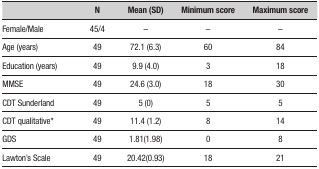
<table><thead><tr><td><b> </b></td><td><b>N</b></td><td><b>Mean (SD)</b></td><td><b>Minimum score</b></td><td><b>Maximum score</b></td></tr></thead><tbody><tr><td>Female/Male</td><td>45/4</td><td>–</td><td>–</td><td>–</td></tr><tr><td>Age (years)</td><td>49</td><td>72.1 (6.3)</td><td>60</td><td>84</td></tr><tr><td>Education (years)</td><td>49</td><td>9.9 (4.0)</td><td>3</td><td>18</td></tr><tr><td>MMSE</td><td>49</td><td>24.6 (3.0)</td><td>18</td><td>30</td></tr><tr><td>CDT Sunderland</td><td>49</td><td>5 (0)</td><td>5</td><td>5</td></tr><tr><td>CDT qualitative*</td><td>49</td><td>11.4 (1.2)</td><td>8</td><td>14</td></tr><tr><td>GDS</td><td>49</td><td>1.81(1.98)</td><td>0</td><td>8</td></tr><tr><td>Lawton’s Scale</td><td>49</td><td>20.42(0.93)</td><td>18</td><td>21</td></tr></tbody></table>